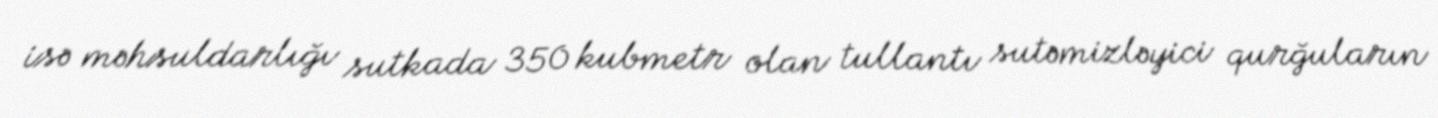
isə məhsuldarlığı sutkada 350 kubmetr olan tullantı sutəmizləyici qurğuların